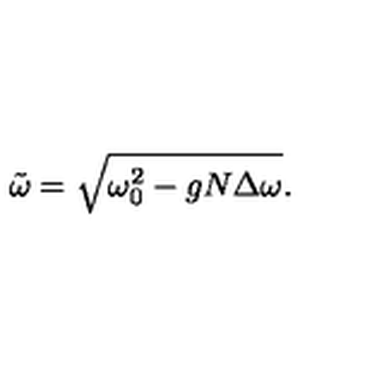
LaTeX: \tilde { \omega } = \sqrt { \omega _ { 0 } ^ { 2 } - g N \Delta \omega } .